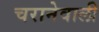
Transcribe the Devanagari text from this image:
चरानेवाली